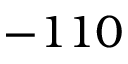
- 1 1 0